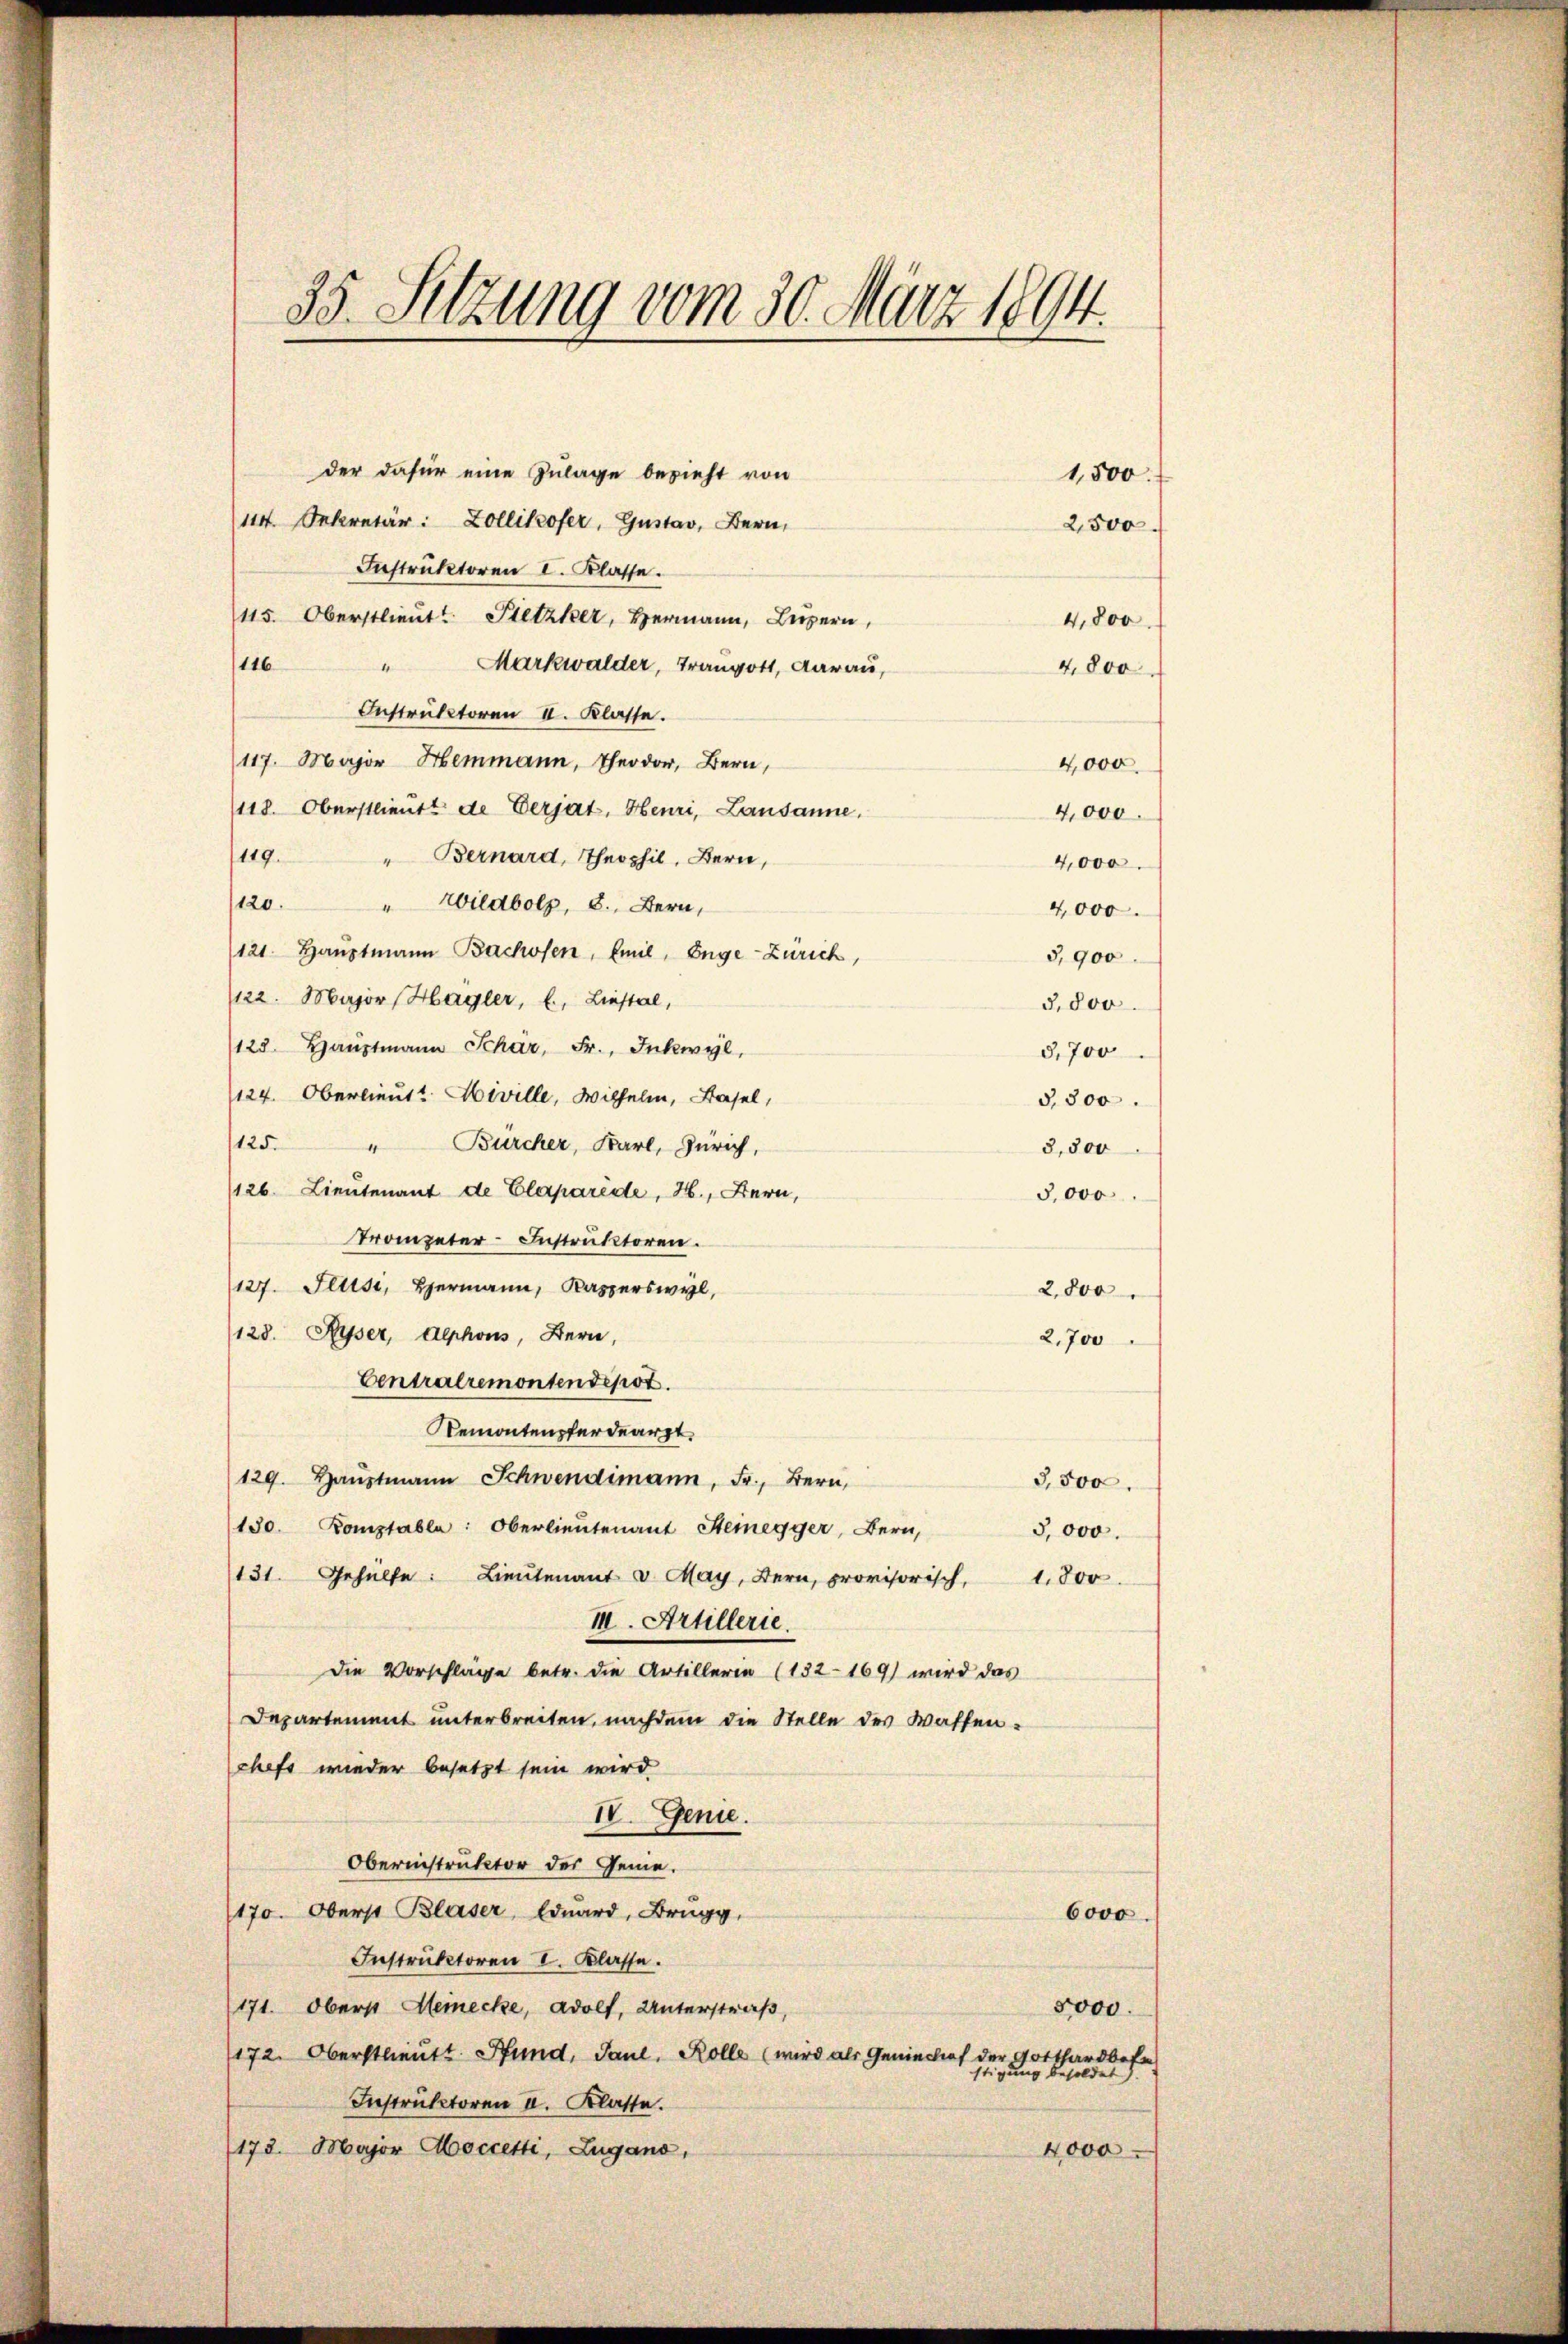
35. Setzung vom 30. März 1894.

der dafür eine Zulage bezieht von
114. Sekretär: Zollikofer, Gustav, Bern,
Instruktoren I. Klasse.
115. Oberstlieutt Pietzker, Hermann, Luzern,
(116 " Markwalder, Traugott, darau,
Instruktoren II. Klasse.
117. Major Hemmann, Theodor, Bern,
118. Oberstlieutt de Verjat. Heuri, Lausanne.
119. " Bernard, Theophil. Bern,
120. " Wildbolz, 8. Bern,
4,000.
121. Haŭptmann Bachosen, mit, Enge Zürich,
3,900
122. Major Hagler, u. Liestal,
3,800
123. Haŭptmann Schär, Fr., Inkwyl,
3,700
124. Oberlieut? Hiville, Wilhelm, Basel,
3,300.
125. " Burcher, Karl, Zürich,
3,500
126. Lieutenant de Clarparede, H., Hern,
5,000
Trompeter-Instruktoren.
127. Illise, Hermann, Kasperswyl,
2,800
(128. Piper, Alphons, Bern,
2,700
Centralremontendepot.
Remontenpferdearzt
129. Haŭptmann Schwendimann, Fr., Bern,
3,500.
130. Komptabla: Oberlieutenant Steinegger, Bern,
5,000.
131. Gehülfe: Lieutenant v. May, Bern, provisorisch, 1800.
III. Artillerie.
Die Vorschläge betr. die Artillerin (132-169) wird das
Departement unterbreiten, nachdem die Stelle des Waffenchefs wieder besetzt sein wird.
IV. Genie.
Obernistruktor des Geme
1170. Oberst Blaser, Eduard, Brugg,
6000.
Instruktoren I. Klasse.
171. Oberst Heinecke, Adolf, Unterstraß,
5000.
172. Oberstlieutt Hund, Paul. Kolle (wird als Genieslief der Gotthardbefe
gung besoldet.
Instruktoren II. Klasse.
173. Major Aoccetti, Zugano,
4000

4,800
4,000.
4,000.
4,000

1,500.
2,500
4,800